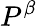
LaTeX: P^{\beta}